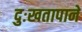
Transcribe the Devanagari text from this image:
दुःखतापाने